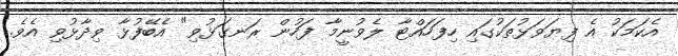
އެކަމަކު އެ ފިޔަވަޅުތަކުގައި ހިފަހައްޓާ ލެވުނީމާ ފަހުން ރަނގަޅުވި" އެބޭފުޅާ ވިދާޅުވި އެވެ.